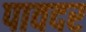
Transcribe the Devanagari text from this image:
पावदर